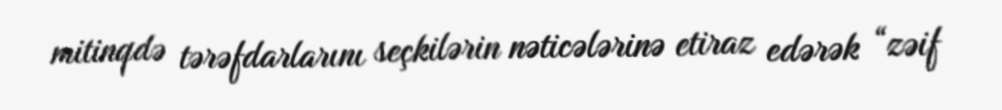
mitinqdə tərəfdarlarını seçkilərin nəticələrinə etiraz edərək “zəif